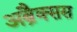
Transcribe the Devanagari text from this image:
अब्रैक्सस